Report on sanitation, dispensaries, and jails in Rajputana for 1913, and on vaccination for the year 1913-1914 - 1913-1914
Year: 1913
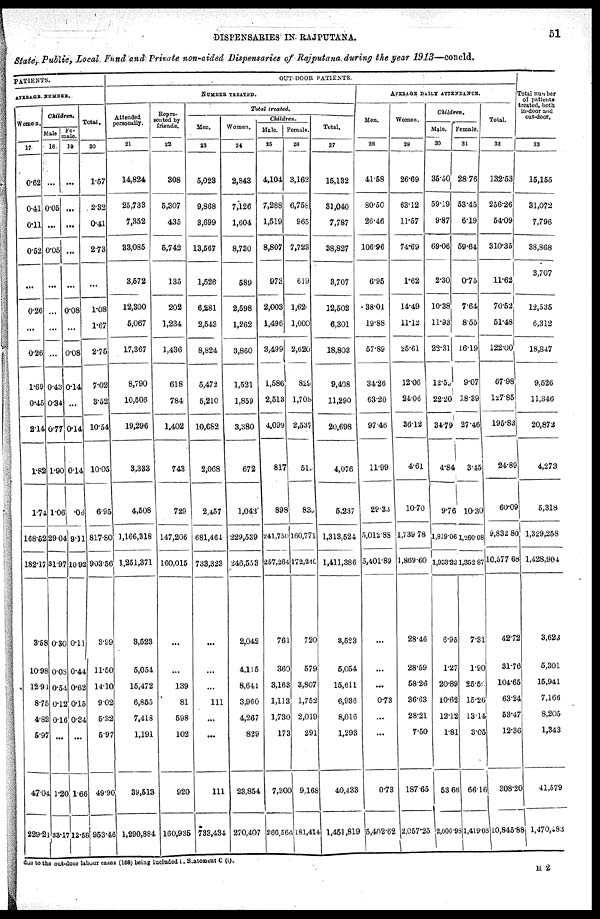
DISPENSARIES IN RAJPUTANA.
51
State, Public, Local Fund and Private non-aided Dispensaries of Rajputana during the year 1913—concld.
PATIENTS.
AVERAGE NUMBER.
Women.
17
0.62
0.41
0.11
0.52
...
0.26
...
0.26
1.69
0.45
2.14
1.82
1.74
168.52
182.17
3.58
10.98
12.94
8.75
4.82
5.97
47.04
229.21
Children.
Male
18
...
0.05
...
0.05
...
...
...
...
0.43
0.34
0.77
1.90
1.06
29.04
31.97
0.30
0.08
0.54
0.12
0.16
...
1.20
33.17
fe-
male.
19
...
...
...
...
...
0.08
...
0.08
0.14
...
0.14
0.14
.06
9.11
10.92
0.11
0.44
0.62
0.15
0.34
...
1.66
12.58
Total.
20
1.57
2.32
0.41
2.73
...
1.08
1.67
2.75
7.02
3.52
10.54
10.05
6.95
817.80
903.56
3.99
11.50
14.10
9.02
5.32
5.97
49.90
953.46
OUT-DOOR PATIENTS.
NUMBER TREATED.
Attended
personally.
21
14,824
25,733
7,352
33,085
3,572
12,300
5,067
17,367
8,790
10,506
19,296
3,333
4,508
1,166,318
1,251,371
3,523
5,054
15,472
6,855
7,418
1,191
39,513
1,290,884
Repre-
sented by
friends.
22
308
5,307
435
6,742
135
202
1,234
1,436
618
784
1,402
743
729
147,206
160,015
...
...
139
81
598
102
920
160,935
Total treated.
Men.
23
5,023
9,868
3,699
13,567
1,526
6,281
2,543
8,824
5,472
5,210
10,682
2,068
2,457
681,464
733,323
...
...
...
111
...
...
111
733,434
Women.
24
2,843
7,126
1,604
8,730
589
2,598
1,262
3,860
1,521
1,859
3,380
672
1,043
229,539
246,553
2,042
4,115
8,641
3,960
4,267
829
23,854
270,407
Children.
Male.
25
4,104
7,288
1,519
8,807
973
2,003
1,496
3,499
1,586
2,513
4,099
817
898
241,750
257,264
761
360
3,163
1,113
1,730
173
7,300
266,564
Female.
26
3,162
6,758
965
7,723
619
1,620
1,000
2,620
829
1,708
2,537
51
839
160,771
172,246
720
579
3,807
1,752
2,019
291
9,168
181,414
Total.
27
15,132
31,040
7,787
38,827
3,707
12,502
6,301
18,803
9,408
11,290
20,698
4,076
5,237
1,313,524
1,411,386
3,523
5,054
15,611
6,936
8,016
1,293
40,433
1,451,819
AVERAGE DAILY ATTENDANCE.
Men.
28
41.68
80.50
26.46
106.96
6.95
38.01
19.88
57.89
34.26
63.20
97.46
11.99
29.33
5,012.88
5,401.89
...
...
...
0.73
...
...
0.73
5,402.62
Women.
29
26.69
63.12
11.57
74.69
1.62
14.49
11.12
25.61
12.06
24.06
36.12
4.61
10.70
1,739 78
1,869.60
28.46
28.59
58.26
36.63
28.21
7.50
187.65
2,057.25
Children.
Male.
30
35.50
59.19
9.87
69.06
2.30
10.38
11.93
22.31
12.59
22.20
34.79
4.84
9.76
1,819.06
1,953.32
6.95
1.27
20.89
10.62
12.12
1.81
53.66
2,006.98
Female.
31
28.76
53.45
6.19
59.64
0.75
7.64
8.55
16.19
9.07
18.39
27.46
3.45
10.30
l,260.08
1,352.87
7.31
1.90
25.50
15.26
13.14
3.05
66.16
1,419.03
Total.
32
132.53
256.26
54.09
310.35
11.62
70.52
51.48
122.00
67.98
127.85
195.83
24.89
60.09
9,834.80
10,577.68
42.72
31.76
104.65
63.24
53.47
12.36
308.20
10,845.88
Total number
of patients
treated, both
in-door and
out-door.
33
15,155
31,072
7,796
38,868
3,707
12,535
6,312
18,847
9,526
11,346
20,872
4,273
5,318
1,329,258
1,428,904
3,623
5,301
15,941
7,166
8,205
1,343
41,579
1,470,483
due to the out-door labour cases (168) being included in Statement C (i).
H 2